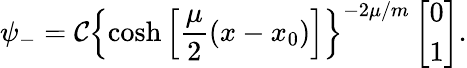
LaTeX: \psi_{-}=\mathcal{C}\left\{ \cosh\left[\frac{{\mu}}{{2}}(x-x_{0})\right]\right\} ^{-2\mu/m}\left[\begin{array}{c}{{0}}\\ {{1}}\end{array}\right].